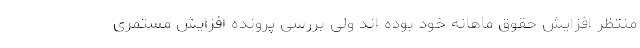
منتظر افزایش حقوق ماهانه خود بوده اند ولی بررسی پرونده افزایش مستمری